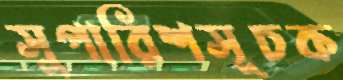
সুপারিশসূচক